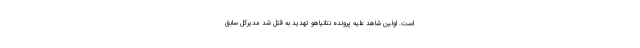
است. اولین شاهد علیه پرونده نتانیاهو تهدید به قتل شد مدیرکل سابق